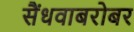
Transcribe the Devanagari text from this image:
सैंधवाबरोबर